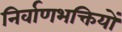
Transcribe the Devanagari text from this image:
निर्वाणभक्तियों